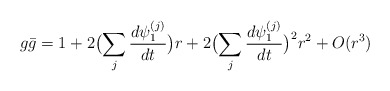
\begin{align*}g\bar g = 1 + 2\bigl ( \sum_j \frac{d\psi_1^{(j)}}{dt}\bigr) r + 2\bigl (\sum_j \frac{d\psi_1^{(j)}}{dt}\bigr)^2 r^2 + O(r^3)\end{align*}